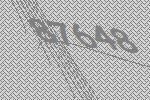
87648